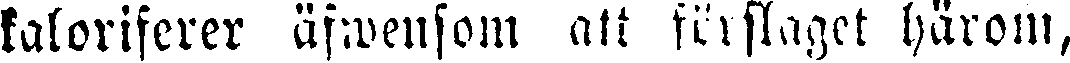
kaloriferer äfwensom att förslaget härom,